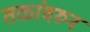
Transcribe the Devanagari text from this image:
तळांवरुन